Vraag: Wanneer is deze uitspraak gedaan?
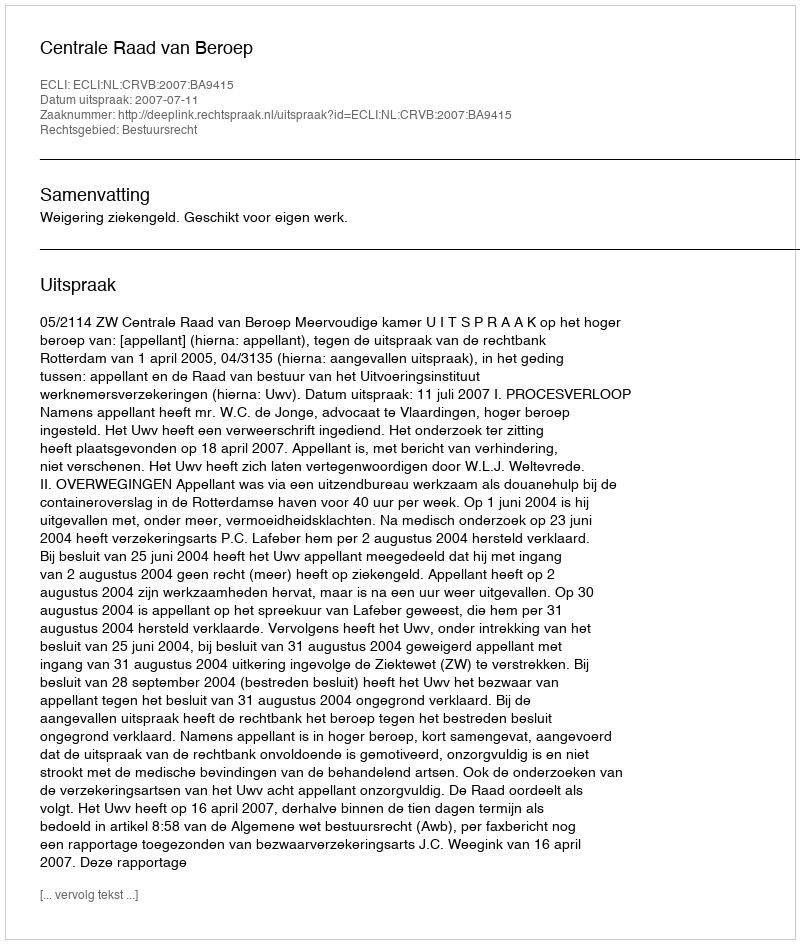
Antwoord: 2007-07-11